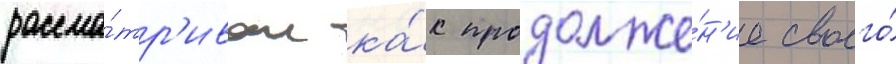
рассма́тр'ивал ка́к продолже́н'ие своего́